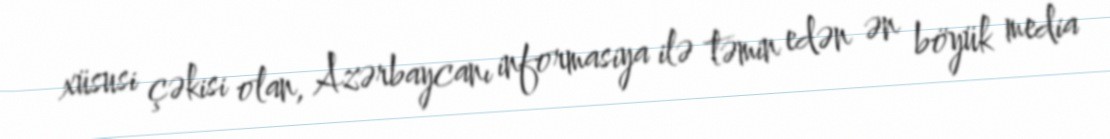
xüsusi çəkisi olan, Azərbaycanı informasiya ilə təmin edən ən böyük media